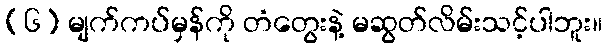
(၆) မျက်ကပ်မှန်ကို တံတွေးနဲ့ မဆွတ်လိမ်းသင့်ပါဘူး။